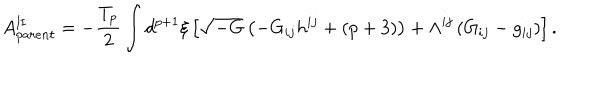
A _ { p a r e n t } ^ { \mathrm { I I } } = - \frac { T _ { p } } { 2 } \int d ^ { p + 1 } { \xi } \left[ \sqrt { - G } \left( - G _ { i j } h ^ { i j } + ( p + 3 ) \right) + { \Lambda } ^ { i j } \left( G _ { i j } - g _ { i j } \right) \right] .